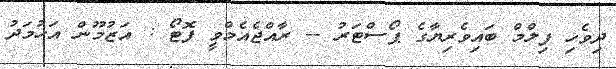
ދިވެހި ފިލްމް ބައިވެރިޔާގެ ޕޯސްޓަރު -- ރާއްޖެއެމްވީ ފޮޓޯ : އަޒުމޫން އަހުމަދު